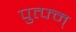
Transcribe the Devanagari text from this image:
पुत्फ्म्